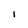
Character: i